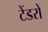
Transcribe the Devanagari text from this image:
टेंडरों